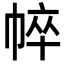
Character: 𢃒